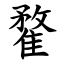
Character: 䨁